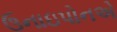
ઉનાઇપોનએ